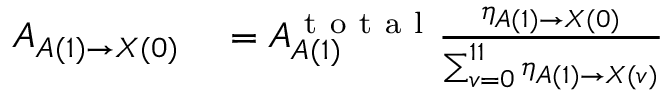
\begin{array} { r l } { A _ { A ( 1 ) \rightarrow X ( 0 ) } } & { { } = A _ { A ( 1 ) } ^ { \mathrm { ~ t ~ o ~ t ~ a ~ l ~ } } \frac { \ensuremath { \eta } _ { A ( 1 ) \rightarrow X ( 0 ) } } { \sum _ { v = 0 } ^ { 1 1 } \ensuremath { \eta } _ { A ( 1 ) \rightarrow X ( v ) } } } \end{array}